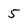
Character: 5